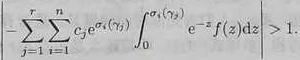
$\left|\sum_{j=1}^{r} \sum_{i=1}^{n} c_{i} e^{\sigma_{i}\left(\tau_{j}\right)} \int_{0}^{\sigma_{i}\left(\tau_{j}\right)} e^{-z} f(z) \mathrm{d} z\right|>1 .$